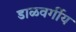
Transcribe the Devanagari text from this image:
डाळवर्गीय